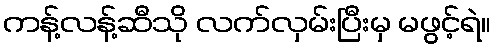
ကန့်လန့်ဆီသို လက်လှမ်းပြီးမှ မဖွင့်ရဲ။